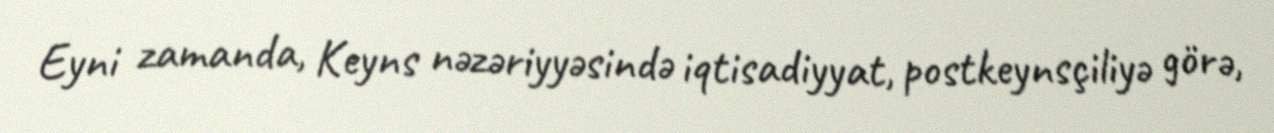
Eyni zamanda, Keyns nəzəriyyəsində iqtisadiyyat, postkeynsçiliyə görə,